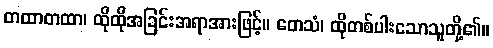
တထာတထာ၊ ထိုထိုအခြင်းအရာအားဖြင့်။ တေသံ၊ ထိုတစ်ပါးသောသူတို့၏။